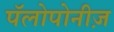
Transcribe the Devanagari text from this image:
पॅलोपोनीज़